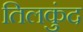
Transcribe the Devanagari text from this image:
तिलकुंद